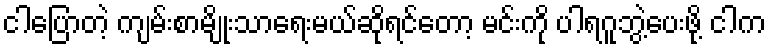
ငါပြောတဲ့ ကျမ်းစာမျိုးသာရေးမယ်ဆိုရင်တော့ မင်းကို ပါရဂူဘွဲ့ပေးဖို့ ငါက